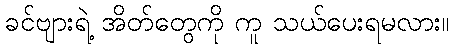
ခင်ဗျားရဲ့ အိတ်တွေကို ကူ သယ်ပေးရမလား။